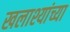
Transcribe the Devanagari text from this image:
खलाश्यांच्या